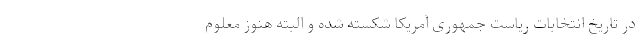
در تاریخ انتخابات ریاست جمهوری آمریکا شکسته شده و البته هنوز معلوم